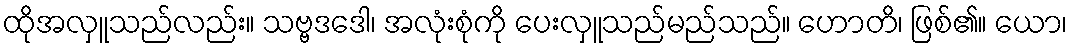
ထိုအလှူသည်လည်း။ သဗ္ဗဒဒေါ၊ အလုံးစုံကို ပေးလှူသည်မည်သည်။ ဟောတိ၊ ဖြစ်၏။ ယော၊